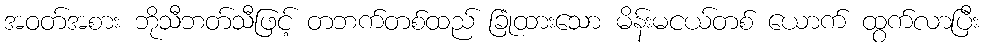
အဝတ်အစား ဘိုသီဘတ်သီဖြင့် တဘက်တစ်ထည် ခြုံထားသော မိန်းမငယ်တစ် ယောက် ထွက်လာပြီး